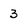
Character: 3